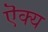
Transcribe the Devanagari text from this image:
ऎक्य